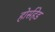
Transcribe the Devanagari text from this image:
होर्सहेड